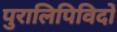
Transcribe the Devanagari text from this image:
पुरालिपिविदों